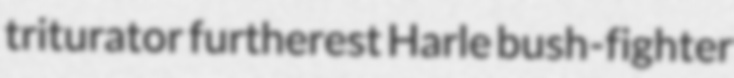
triturator furtherest Harle bush-fighter